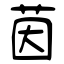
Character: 茵